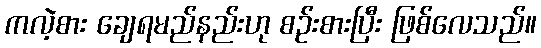
ကလဲ့စား ချေရမည်နည်းဟု စဉ်းစားပြီး ဖြစ်လေသည်။